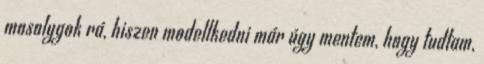
mosolygok rá, hiszen modellkedni már úgy mentem, hogy tudtam,